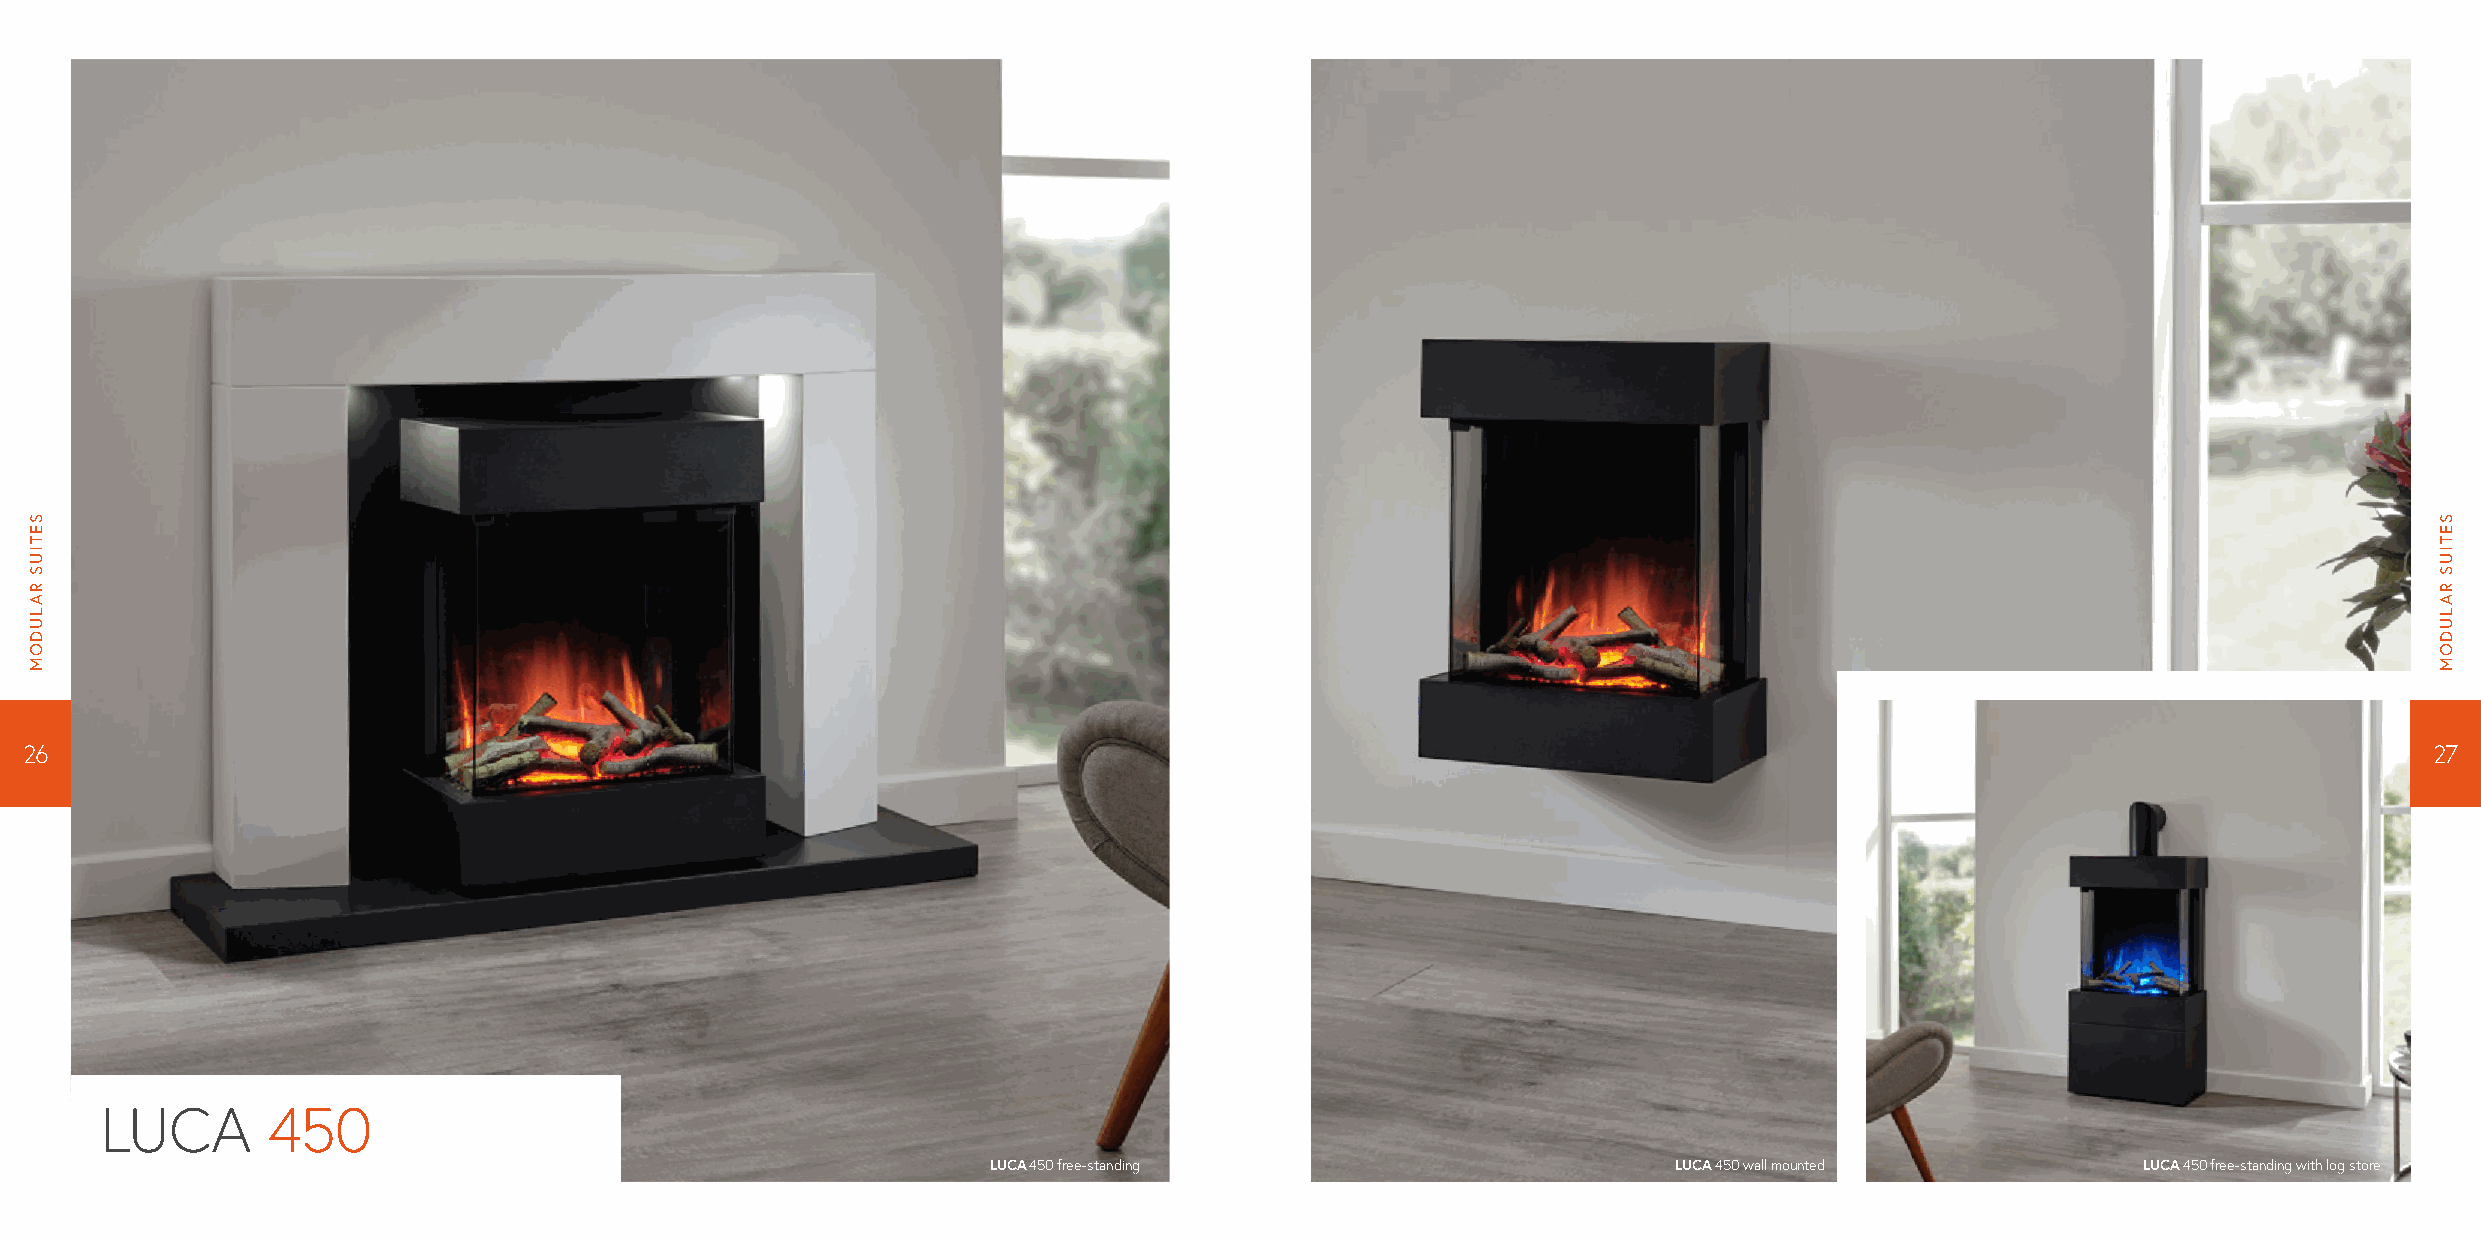
26                                                                                                                                                              27
 LUCA       450
 LUCA 450 free-standing                       LUCA 450 wall mounted          LUCA 450 free-standing with log store
 SETIUS
 RALUDOM
 SETIUS
 RALUDOM